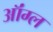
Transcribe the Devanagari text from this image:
ऑंग्ल